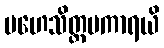
မဟေသိတ္တမကာရယိ